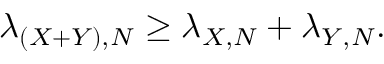
\lambda _ { ( X + Y ) , N } \geq \lambda _ { X , N } + \lambda _ { Y , N } .